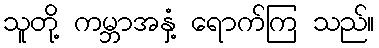
သူတို့ ကမ္ဘာအနှံ့ ရောက်ကြ သည်။